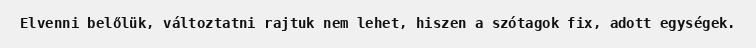
Elvenni belőlük, változtatni rajtuk nem lehet, hiszen a szótagok fix, adott egységek.